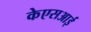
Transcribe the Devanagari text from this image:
केएसआई